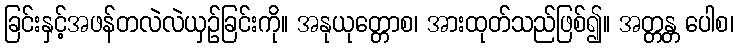
ခြင်းနှင့်အဖန်တလဲလဲယှဉ်ခြင်းကို။ အနုယုတ္တောစ၊ အားထုတ်သည်ဖြစ်၍။ အတ္တန္တ ပေါစ၊